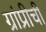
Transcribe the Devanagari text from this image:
ग्रांप्रीची